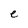
Character: e